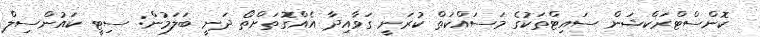
ކޮންސްޓްރަކްޝަން ސައިޓްތަކުގެ މަސައްކަތް ކުރަނީ ގަވާއިދާ އެއްގޮތަށްތޯ ދަނީ ބަލަމުން: ސިޓީ ކައުންސިލް